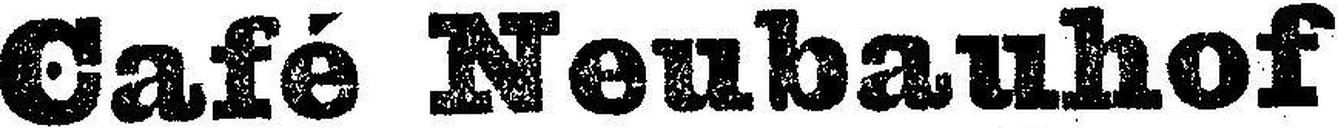
Café Neubauhof